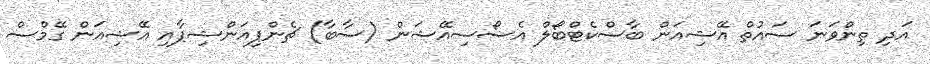
އަދި ތިންވަނަ ސައުތް އޭޝިއަން ބާސްކެޓްބޯލް އެސޯސިއޭޝަން (ސާބާ) ޗެންޕިއަންޝިޕާއި އޭޝިއަން ގޭމްސް